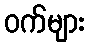
ဝက်များ